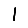
Digit: 1